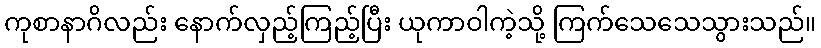
ကုစာနာဂိလည်း နောက်လှည့်ကြည့်ပြီး ယုကာဝါကဲ့သို့ ကြက်သေသေသွားသည်။